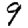
Digit: 9